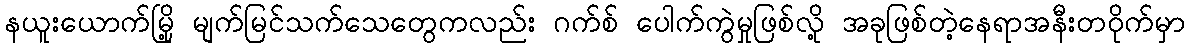
နယူးယောက်မြို့ မျက်မြင်သက်သေတွေကလည်း ဂက်စ် ပေါက်ကွဲမှုဖြစ်လို့ အခုဖြစ်တဲ့နေရာအနီးတဝိုက်မှာ